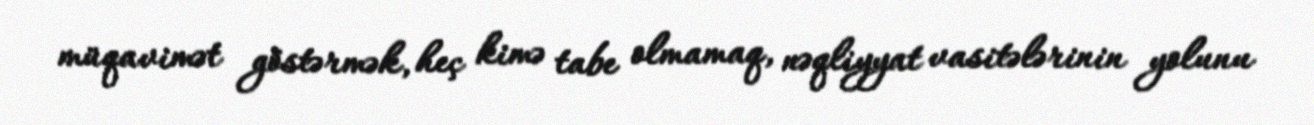
müqavimət göstərmək, heç kimə tabe olmamaq, nəqliyyat vasitələrinin yolunu